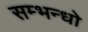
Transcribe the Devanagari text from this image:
सम्भन्धो